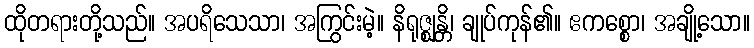
ထိုတရားတို့သည်။ အပရိသေသာ၊ အကြွင်းမဲ့။ နိရုဇ္ဈန္တိ၊ ချုပ်ကုန်၏။ ဧကစ္စော၊ အချို့သော။